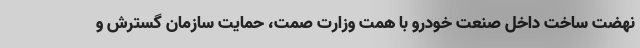
نهضت ساخت داخل صنعت خودرو با همت وزارت صمت، حمایت سازمان گسترش و